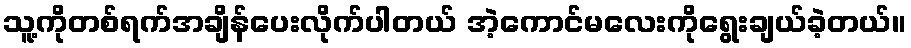
သူ့ကိုတစ်ရက်အချိန်ပေးလိုက်ပါတယ် အဲ့ကောင်မလေးကိုရွေးချယ်ခဲ့တယ်။